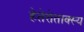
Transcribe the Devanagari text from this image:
हेतेरोताक्स्य